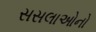
સસલાઓનો